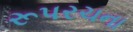
રૂપરચના